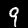
Label: 9